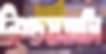
নিশ্চয়তাটা